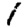
Digit: 1